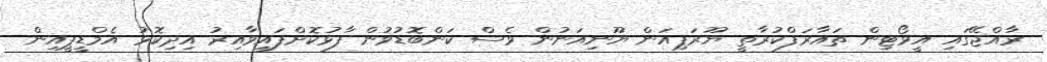
ރާއްޖޭގައި އީވޯޓިން ތައާރަފްކުރާތީ ޔޫރަޕިއަން ޔޫނިއަނުން ވެސް ކަންބޮޑުވުން ފާޅުކޮށްފައިވާއިރު އިދިކޮޅު އެމްޑީޕީއިން